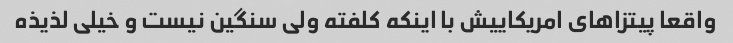
واقعا پیتزاهای امریکاییش با اینکه کلفته ولی سنگین نیست و خیلی لذیذه